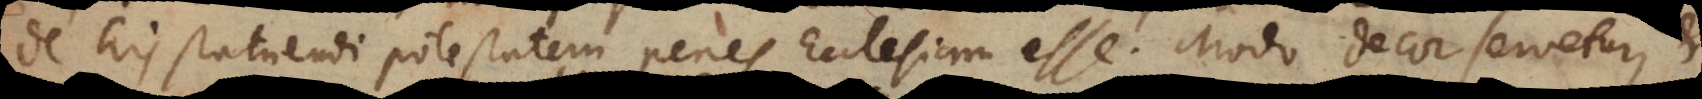
de his statuendi potestatem penes Ecclesiam esse. Modo decor servetur,